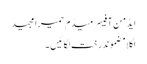
ایڈمن آفیسر میڈم حمیرا مجید
اگلا مضموندرخت لگائیں ۔